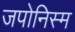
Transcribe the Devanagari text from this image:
जपोनिस्म